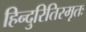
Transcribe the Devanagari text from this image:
हिन्दुरितिस्मृतः